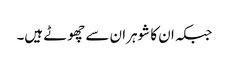
جبکہ ان کا شوہران سے چھوٹے ہیں۔